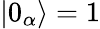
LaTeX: |0_{\alpha}\rangle=1